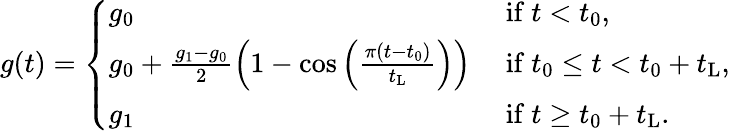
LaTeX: g(t)=\left\{ \begin{array}{ll}{g_{\mathrm{0}}}&{\mathrm{~if~}t<t_{\mathrm{0}},}\\ {g_{\mathrm{0}}+\frac{g_{\mathrm{1}}-g_{\mathrm{0}}}{2}\left(1-\cos\left(\frac{\pi(t-t_{\mathrm{0}})}{t_{\mathrm{L}}}\right)\right)}&{\mathrm{~if~}t_{\mathrm{0}}\leq t<t_{\mathrm{0}}+t_{\mathrm{L}},}\\ {g_{\mathrm{1}}}&{\mathrm{~if~}t\geq t_{\mathrm{0}}+t_{\mathrm{L}}.}\end{array}\right.